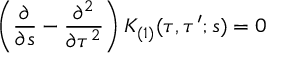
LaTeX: \left( \frac { \partial } { \partial s } - \frac { \partial ^ { 2 } } { \partial \tau ^ { 2 } } \right) K _ { ( 1 ) } ( \tau , \tau ^ { \prime } ; s ) = 0